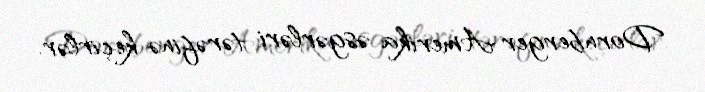
Dornberger Amerika əsgərləri tərəfinə keçirlər.